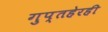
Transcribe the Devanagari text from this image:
गुप्तहेरही